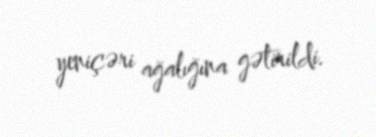
yeniçəri ağalığına gətirildi.